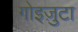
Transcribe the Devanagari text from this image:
गोइज़ुटा